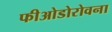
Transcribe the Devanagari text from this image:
फीओडोरोवना